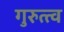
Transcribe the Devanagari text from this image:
गुरुत्त्व